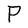
Character: P